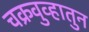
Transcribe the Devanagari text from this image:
चक्रवुव्हातुन